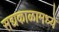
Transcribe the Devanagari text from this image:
सद्यकाळामध्ये